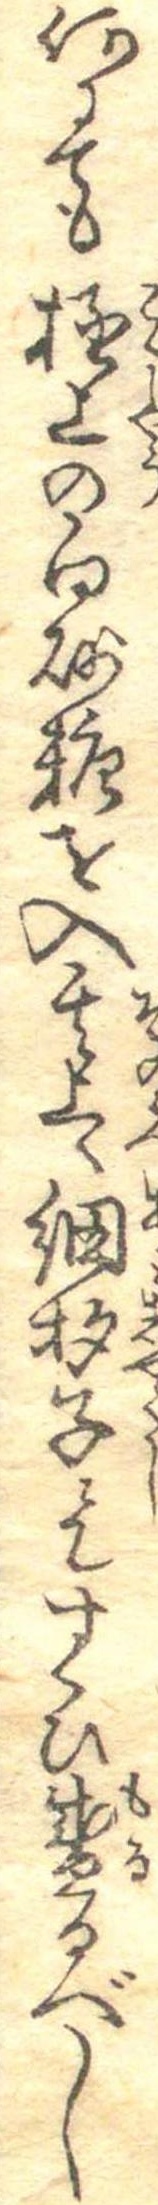
何にても極上の白砂糖を入其上へ網杓子にてすくひ盛るべし